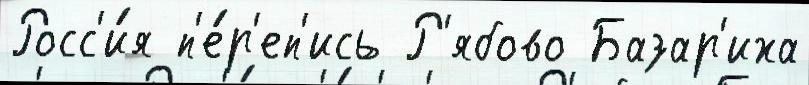
Росс'и́я п'е́р'еп'ись Р'ябово Базар'иха